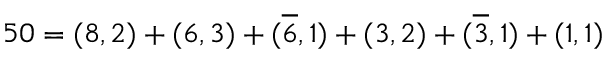
5 0 = ( 8 , 2 ) + ( 6 , 3 ) + ( \overline { { { 6 } } } , 1 ) + ( 3 , 2 ) + ( \overline { { { 3 } } } , 1 ) + ( 1 , 1 )